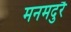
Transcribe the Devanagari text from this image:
मनमदुरै